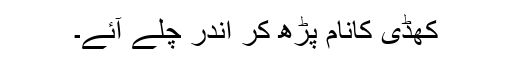
کھڈی کانام پڑھ کر اندر چلے آئے۔